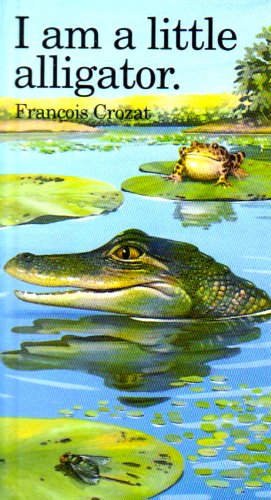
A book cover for I Am a Little Alligator: Mini ("I Am" Series); Francois Crozat; Children's Books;